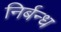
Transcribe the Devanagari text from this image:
निर्बन्ध